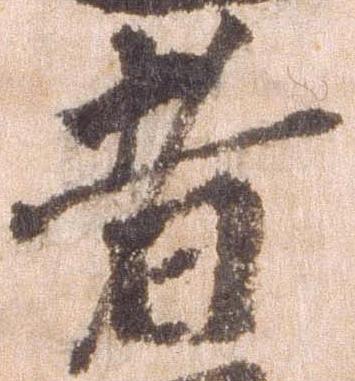
者